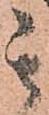
其